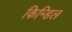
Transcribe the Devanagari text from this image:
किन्डिल